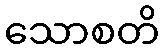
သောစတိ